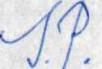
S.P.